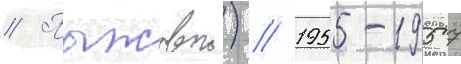
// Пыжовои) // 1955-1957